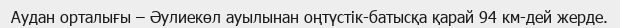
Аудан орталығы – Әулиекөл ауылынан оңтүстік-батысқа қарай 94 км-дей жерде.